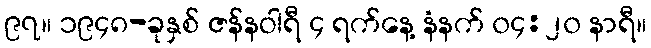
၉၇။ ၁၉၄၈-ခုနှစ် ဇန်နဝါရီ ၄ ရက်နေ့ နံနက် ၀၄:၂၀ နာရီ။